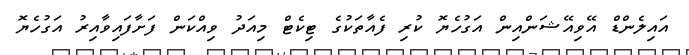
އައިލެންޑް އޭވިއޭޝަންއިން އަގުހެޔޮ ކުރި ފެއާތަކުގެ ޓިކެޓް މިއަދު ވިއްކަން ފަށާފައިވާއިރު އަގުހެޔޮ